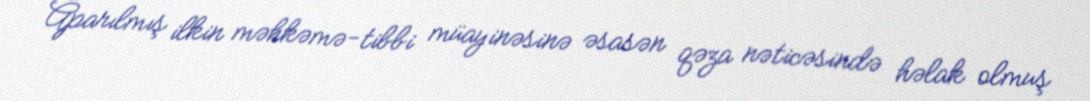
Aparılmış ilkin məhkəmə-tibbi müayinəsinə əsasən qəza nəticəsində həlak olmuş